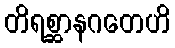
တိရစ္ဆာနဂတေဟိ